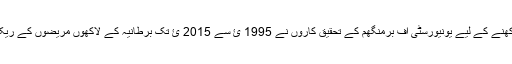
اس دعوے کو پرکھنے کے لیے یونیورسٹی آف برمنگھم کے تحقیق کاروں نے 1995 ئ سے 2015 ئ تک برطانیہ کے لاکھوں مریضوں کے ریکارڈ کا تجزیہ کیا۔